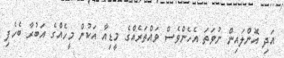
އަދި އޮންލައިން ނުވަތަ އެހެންވެސް ވައްތަރެއްގެ މީޑިއާ އަކުން މީހެއްގެ އަބުރާ ބެހެފި